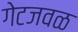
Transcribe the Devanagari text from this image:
गेटजवळ